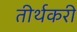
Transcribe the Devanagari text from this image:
तीर्थकरी